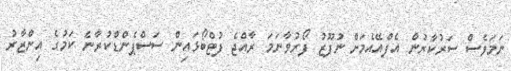
ނަމަވެސް ސަރުކާރުން އެފްއޭއެމަށް ނުފޫޒު ފޯރުވާނަމަ ރާއްޖެ ފުޓްބޯޅައިން ސަސްޕެންޑްކުރާނެ ކަމުގެ އިންޒާރު